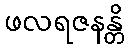
ဖလရဇနန္တိ